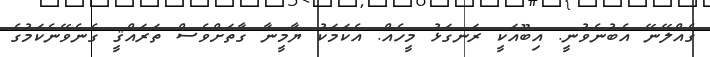
ގެއްލޭނޭ އެބުނެވުނީ. އިބޫއަކީ ރަނގަޅު މީހެއް. އެކަމަކު ޔާމީނާ ގާތަށްވެސް ތަރައްޤީ ގެނެވޭނެކަމުގެ